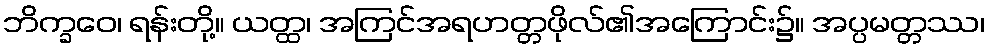
ဘိက္ခဝေ၊ ရန်းတို့။ ယတ္ထ၊ အကြင်အရဟတ္တဖိုလ်၏အကြောင်း၌။ အပ္ပမတ္တဿ၊